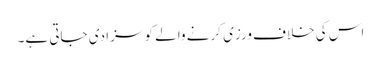
اس کی خلاف ورزی کرنے والے کو سزا دی جاتی ہے۔